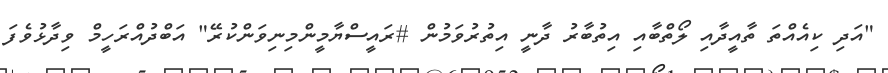
"އަދި ކިއެއްތަ ތާއީދާއި ލޯތްބާއި އިތުބާރު ދާނީ އިތުރުވަމުން #ރައީސްޔާމީންމިނިވަންކުރޭ" އަބްދުއްރަހީމް ވިދާޅުވެފަ